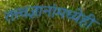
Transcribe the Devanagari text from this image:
तत्त्वज्ञानांमध्येही